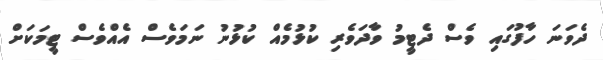
ދެވަނަ ހާފުގައި ވެސް ދެޓީމު ވާދަވެރި ކުޅުމެއް ކުޅުނު ނަމަވެސް އެއްވެސް ޓީމަކަށް